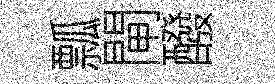
瓢閘醱